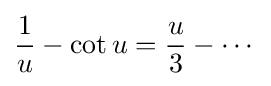
{\frac {1}{u}}-\cot u={\frac {u}{3}}-\cdots